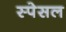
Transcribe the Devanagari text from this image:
स्पेसल